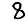
Digit: 8